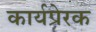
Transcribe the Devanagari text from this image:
कार्यप्रेरक